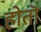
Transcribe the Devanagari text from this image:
होतॊ